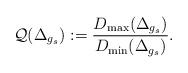
LaTeX: \begin{align*}\mathcal Q(\Delta_{g_s}):=\frac{D_{\rm max}(\Delta_{g_s})}{D_{\rm min}(\Delta_{g_s})}.\end{align*}